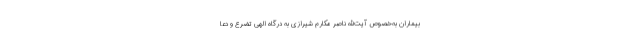
بیماران به‌خصوص آیت‌الله ناصر مکارم شیرازی به درگاه الهی تضرع و دعا